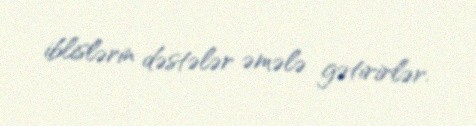
iblislərin dəstələr əmələ gətirirlər.